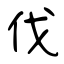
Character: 伐